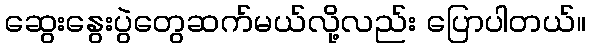
ဆွေးနွေးပွဲတွေဆက်မယ်လို့လည်း ပြောပါတယ်။